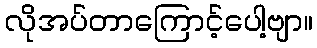
လိုအပ်တာကြောင့်ပေါ့ဗျာ။